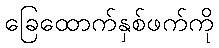
ခြေထောက်နှစ်ဖက်ကို